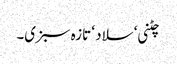
چٹنی ‘ سلاد ‘ تازہ سبزی۔